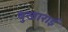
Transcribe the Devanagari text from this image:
बुखाराई